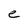
Character: e